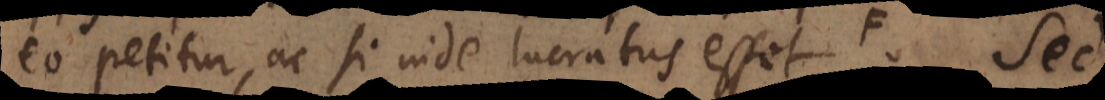
eo petitur, ac si inde lucratus esset, aut